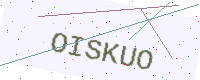
Text: OISKUO